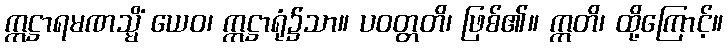
ဣဋ္ဌာရမဏသ္မိံ ယေဝ၊ ဣဋ္ဌာရုံ၌သာ။ ပဝတ္တတိ၊ ဖြစ်၏။ ဣတိ၊ ထို့ကြောင့်။